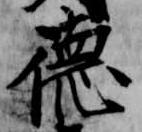
徳